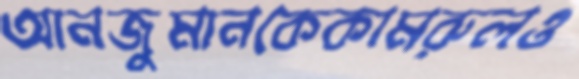
আনজুমানকেকামরুলও